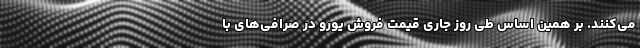
می‌کنند. بر همین‌ اساس طی روز جاری قیمت فروش یورو در صرافی‌های با